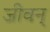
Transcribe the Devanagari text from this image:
जीवन्